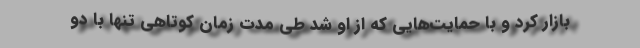
بازار کرد و با حمایت‌هایی که از او شد طی مدت زمان کوتاهی تنها با دو